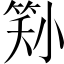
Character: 𡮜